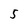
Character: 5